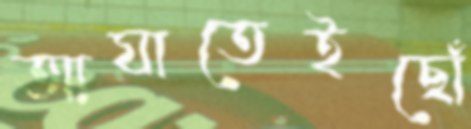
আঘাতেইছোঁ